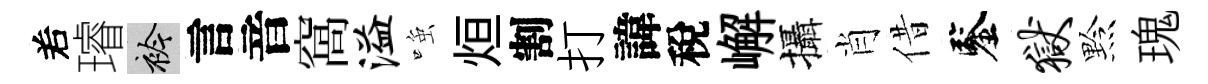
𠰥璿衿言音窩溢𫪻烜割打諱稅嶰攝肖借鑒狱黔瑰